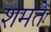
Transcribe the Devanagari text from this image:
शमते